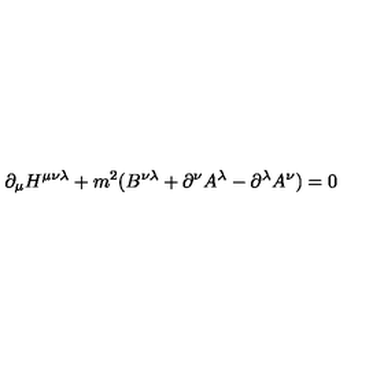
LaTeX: \partial _ { \mu } H ^ { \mu \nu \lambda } + m ^ { 2 } ( B ^ { \nu \lambda } + \partial ^ { \nu } A ^ { \lambda } - \partial ^ { \lambda } A ^ { \nu } ) = 0